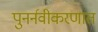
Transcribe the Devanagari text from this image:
पुनर्नवीकरणात